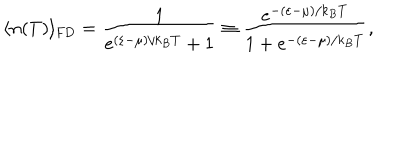
\langle n ( T ) \rangle _ { \mathrm { { F D } } } = \frac { 1 } { e ^ { ( \varepsilon - \mu ) / k _ { B } T } + 1 } \equiv \frac { e ^ { - ( \varepsilon - \mu ) / k _ { B } T } } { 1 + e ^ { - ( \varepsilon - \mu ) / k _ { B } T } } ,